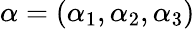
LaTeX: \alpha=(\alpha_{1},\alpha_{2},\alpha_{3})